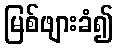
မြစ်ဖျားခံ၍